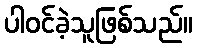
ပါဝင်ခဲ့သူဖြစ်သည်။